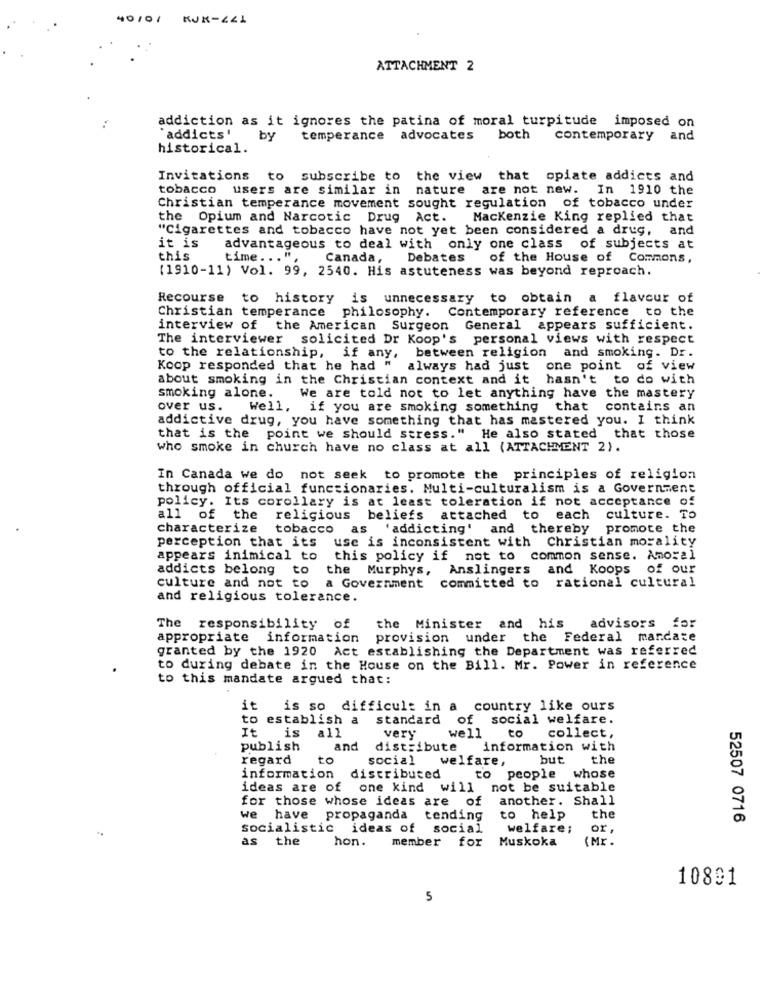
40/0/ KJK-441
ATTACHMENT 2
addiction as it ignores the patina of moral turpitude imposed on
"addicts' by
temperance advocates both
contemporary and
historical.
Invitations to subscribe to
the view that opiate addicts and
tobacco users are similar in nature are not new. In 1910 the
Christian temperance movement sought regulation of tobacco under
the Opium and Narcotic Drug Act. Mackenzie King replied that
"Cigarettes and tobacco have not yet been considered a drug, and
it is
advantageous to deal with only one class of subjects at
this
time ... "
Canada,
Debates
of the House of Commons,
(1910-11) Vol. 99, 2540. His astuteness was beyond reproach.
Recourse to history is unnecessary to obtain a flavour of
Christian temperance philosophy. Contemporary reference to the
interview of the American Surgeon General appears sufficient.
The interviewer solicited Dr Koop's personal views with respect
to the relationship, if any, between religion and smoking. Dr.
Koop responded that he had " always had just
one point of view
about smoking in the Christian context and it hasn't to do with
smoking alone. We are told not to let anything have the mastery
over us.
Well, if you are smoking something that contains an
addictive drug, you have something that has mastered you. I think
that is the point we should stress." He also stated that those
who smoke in church have no class at all (ATTACHMENT 2).
In Canada we do not seek to promote the principles of religion
through official functionaries. Multi-culturalism is a Government
policy. Its corollary is at least toleration if not acceptance of
all of the
religious beliefs attached to each culture. To
characterize
tobacco as 'addicting' and thereby promote the
use is inconsistent with Christian morality
perception that its
appears inimical to
this policy if not to common sense. Amoral
addicts belong to
the Murphys, Anslingers and Koops of our
culture and not to
a Government committed to rational cultural
and religious tolerance.
The responsibility of
the Minister and his
advisors for
appropriate information provision under the Federal mancate
granted by the 1920 Act establishing the Department was referred
to during debate in the House on the Bill. Mr. Power in reference
to this mandate argued that:
it is so difficult in a country like ours
to establish a
standard
of social welfare.
It
is all
very
well
to
collect,
publish
and
distribute information with
regard
to
social welfare,
but
the
information
distributed
to people whose
ideas are of one kind will not be suitable
for those whose ideas are of
another. Shall
we have propaganda tending
to help
the
52507 0716
socialistic ideas of social
welfare;
or,
as the
hon.
member for
Muskoka
(Mr .
10801
5